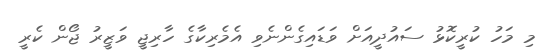
މި މަހު ކުރީކޮޅު ސައުދީއަށް ވަޑައިގެންނެވި އެމެރިކާގެ ހާރިޖީ ވަޒީރު ޖޯން ކެރީ